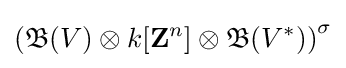
\left({\mathfrak {B}}(V)\otimes k[\mathbf {Z} ^{n}]\otimes {\mathfrak {B}}(V^{*})\right)^{\sigma }